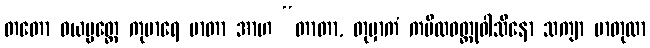
တတော ဝယပ္ပတ္တေ ကုမာရေ မာတာ အာဟ “တာတာ, တုမှာကံ ကပိလဝတ္ထုဝါသိနော သကျာ မာတုလာ